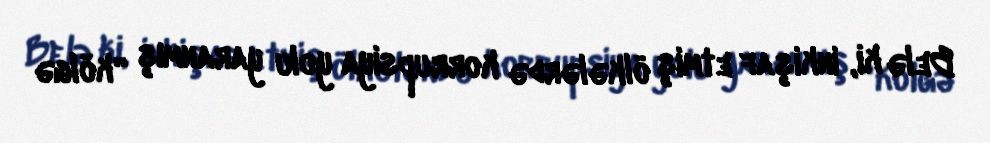
Belə ki, inkişaf etmiş ölkələrdə korrupsiya yolu yaranmış “kölgə